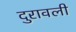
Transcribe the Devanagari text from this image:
दुरावली